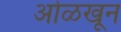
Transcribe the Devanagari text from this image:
अोळखून